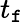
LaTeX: t_{\mathtt{f}}